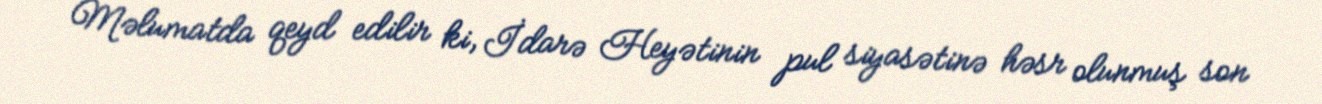
Məlumatda qeyd edilir ki, İdarə Heyətinin pul siyasətinə həsr olunmuş son